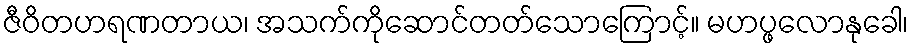
ဇီဝိတဟရဏတာယ၊ အသက်ကိုဆောင်တတ်သောကြောင့်။ မဟပ္ဖလောနုခေါ၊